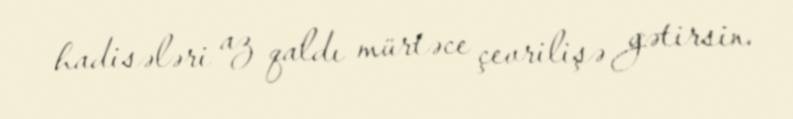
hadisələri az qaldı mürtəce çevrilişə gətirsin.